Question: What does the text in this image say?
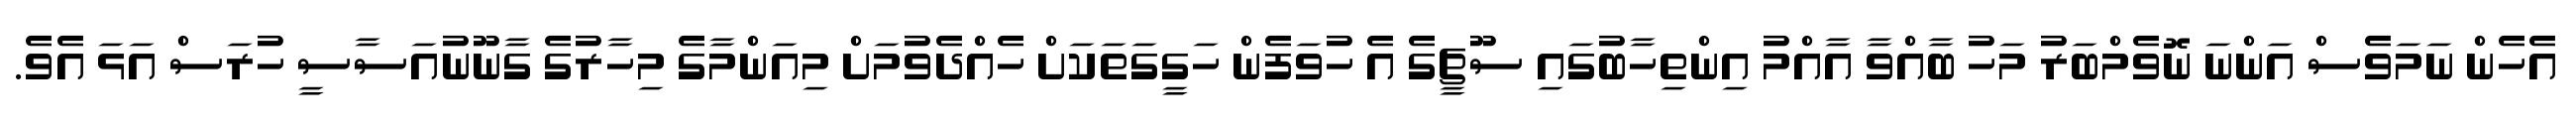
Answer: އެހެން ނަމަވެސް އަންނަ ނޮވެމްބަރު މަހު ބާއްވާ އާއްމު އިންތިހާބުގައި ސޫޗީގެ އެ ހުވަފެން ހަގީގަތަކަށް ހެއްދެވުމަށް މިއަންމާގެ މިހާރުގެ ގާނޫނުއަސާސީ ހުރަސް އަޅަ އެވެ.